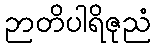
ဉာတိပါရိဇုညံ